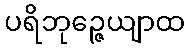
ပရိဘုဉ္ဇေယျာထ